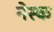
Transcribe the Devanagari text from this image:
नेस्क